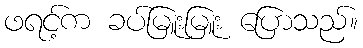
ဖရင့်က ခပ်မြူးမြူး ပြောသည်။